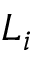
L _ { i }